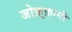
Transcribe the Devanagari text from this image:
जोफ़्फ़ानी